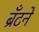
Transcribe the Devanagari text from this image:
ब्रँटने